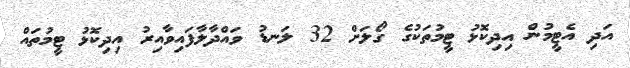
އަދި އެޓީމުން އިދިކޮޅު ޓީމުތަކުގެ ގޯލަށް 32 ލަނޑު ވައްދާލާފައިވާއިރު އިދިކޮޅު ޓީމުތައް